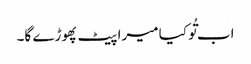
اب تُو کیا میرا پیٹ پھوڑے گا۔